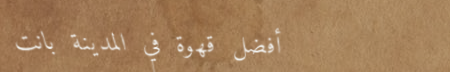
أفضل قهوة في المدينة بانت